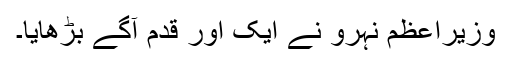
وزیراعظم نہرو نے ایک اور قدم آگے بڑھایا۔